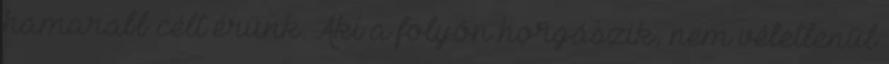
hamarabb célt érünk. Aki a folyón horgászik, nem véletlenül